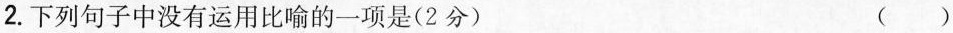
2. 下列句子中没有运用比喻的一项是(2分) ( )